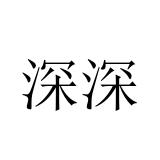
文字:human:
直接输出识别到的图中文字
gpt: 深深